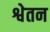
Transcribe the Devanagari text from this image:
श्वेतन